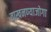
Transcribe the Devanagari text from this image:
वाखनण्याजोगा